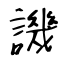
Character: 譏